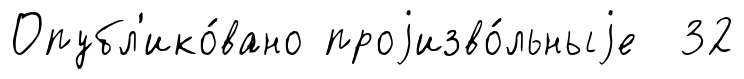
Опубл'ико́вано проjизво́льныjе 32